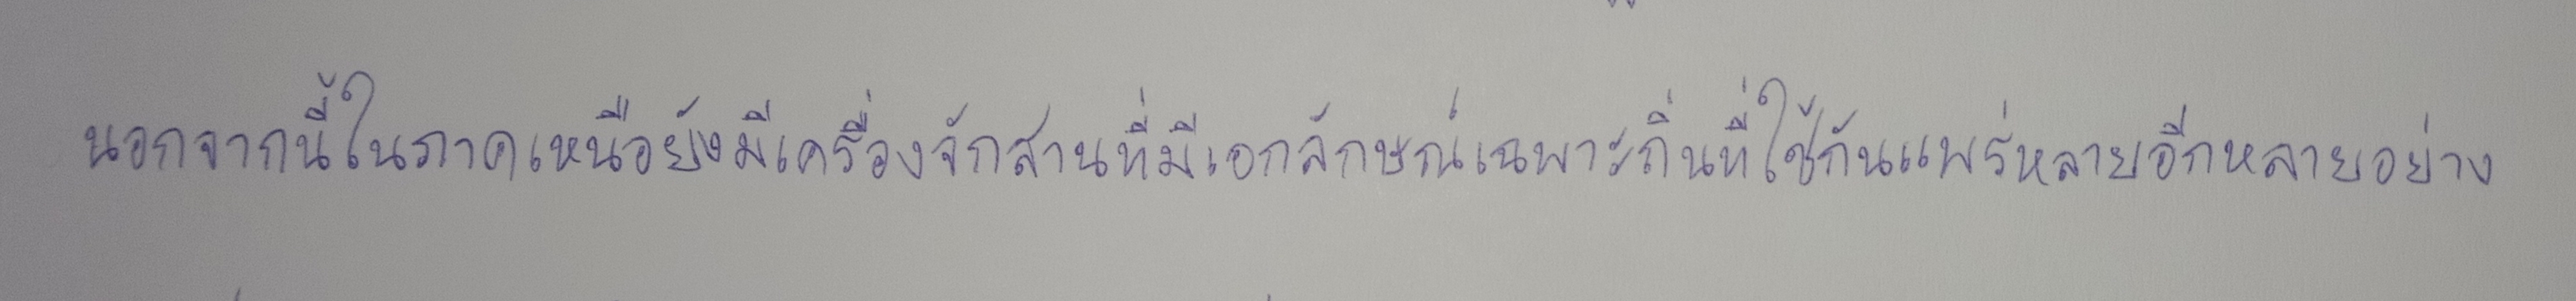
นอกจากนี้ในภาคเหนือยังมีเครื่องจักสานที่มีเอกลักษณ์เฉพาะถิ่นที่ใช้กันแพร่หลายอีกหลายอย่าง